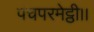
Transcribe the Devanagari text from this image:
पंचपरमेट्ठी।।